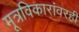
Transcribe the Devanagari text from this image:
मूत्रविकारांवरही